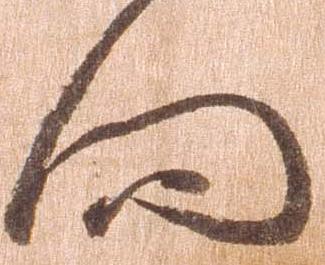
向